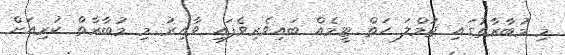
މި މުބާރާތުގައި ޖުމްލަ ހަތް ޓީމެއް ބައިވެރިވެފައި ވާއިރު މި މުބާރާތް ކުރިއަށް